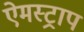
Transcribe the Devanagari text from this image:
ऐमस्ट्राप